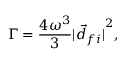
\Gamma = { \frac { 4 \omega ^ { 3 } } { 3 } } { | { \vec { d } } _ { f i } | } ^ { 2 } ,